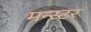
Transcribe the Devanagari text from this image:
मन्स्टर